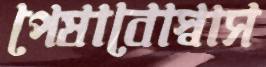
পেষাবোস্বাস